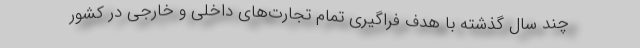
چند سال گذشته با هدف فراگیری تمام تجارت‌های داخلی و خارجی در کشور